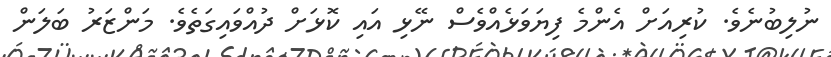
ނުލިބުނެެވެ. ކުރިއަށް އެންމެ ފިޔަވަޅެއްވެސް ނޭޅި އައި ކޮޅަަށް ދުއްވައިގަތެެވެ. މަންޒަރު ބަލަން